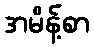
အမိန့်စာ